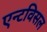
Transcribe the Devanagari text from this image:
एन्टविसल